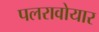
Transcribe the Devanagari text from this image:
पलरावोयार